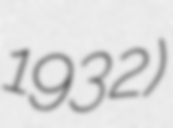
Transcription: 1932)